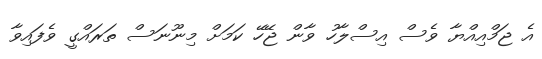
އެ ޖަމްއިއްޔާ ވެސް އިސްލާހު ވާން ޖޭހޭ ކަމަށް މިނޫނަސް ތަރައްގީ ވެފައިވާ